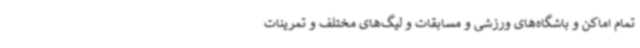
تمام اماکن و باشگاه‌های ورزشی و مسابقات و لیگ‌های مختلف و تمرینات